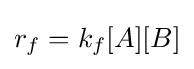
r_{f}=k_{f}[A][B]